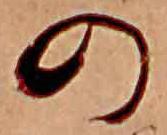
の